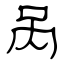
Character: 呙